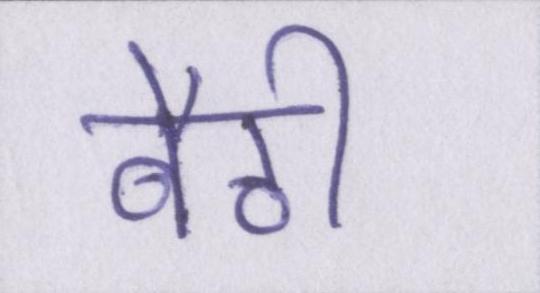
बैठी